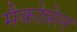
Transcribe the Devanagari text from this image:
मैकोन्नेल